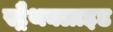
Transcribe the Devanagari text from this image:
स्ट्रैथक्लाइड